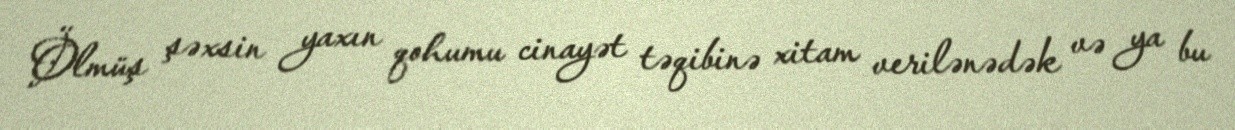
Ölmüş şəxsin yaxın qohumu cinayət təqibinə xitam verilənədək və ya bu